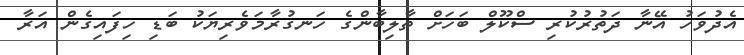
އެދުވަހު އޭނާ ދަތުރުކުރި ސްކޫލް ބަަހަށް ތާލިބާންގެ ހަނގުރާމަވެރިޔަކު ބަޑި ހިފައިގެން އަރާ